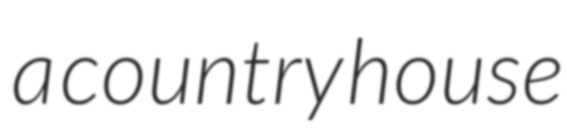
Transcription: a country house